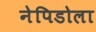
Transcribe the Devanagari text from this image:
नेपिडोला